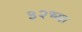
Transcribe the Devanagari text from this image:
३२च्या